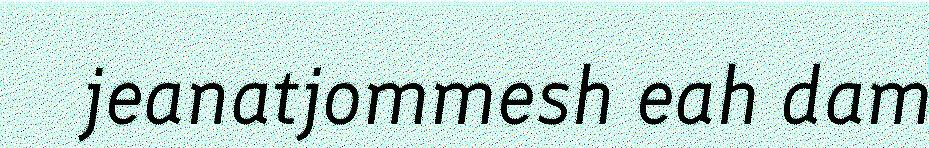
jeanatjommesh eah dam